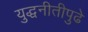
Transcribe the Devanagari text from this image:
युद्धनीतीपुढे